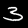
Label: 3